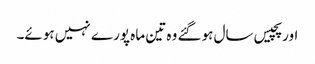
اور پچیس سال ہوگئے وہ تین ماہ پورے نہیں ہوئے۔